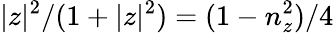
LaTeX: |z|^{2}/(1+|z|^{2})=(1-n_{z}^{2})/4